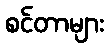
စင်တာများ